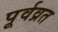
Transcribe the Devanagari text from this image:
पूर्वव्रत